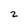
Character: z